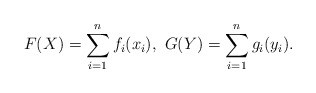
\begin{align*} F(X) = \sum_{i=1}^n f_i(x_i),~ G(Y) = \sum_{i=1}^n g_i(y_i). \end{align*}